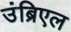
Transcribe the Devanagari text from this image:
उंब्रिएल